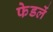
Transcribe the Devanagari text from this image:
फेडलें